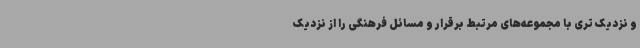
و نزدیک تری با مجموعه‌های مرتبط برقرار و مسائل فرهنگی را از نزدیک